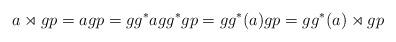
LaTeX: \begin{align*} a \rtimes g p = a g p = g g^* a g g^* g p = g g^*(a) g p= g g^*(a) \rtimes g p\end{align*}